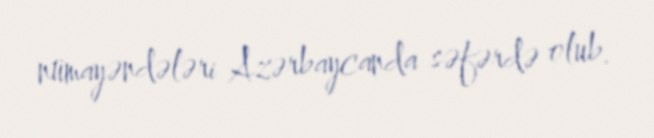
nümayəndələri Azərbaycanda səfərdə olub.